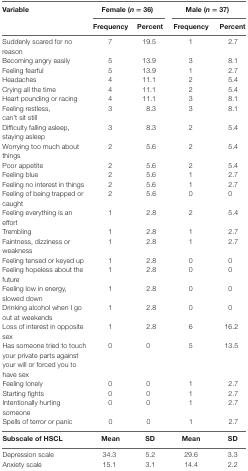
<table><thead><tr><td rowspan="2"><b>Variable</b></td><td colspan="2"><b>Female (<i>n</i> = 36)</b></td><td colspan="2"><b>Male (<i>n</i> = 37)</b></td></tr><tr><td><b>Frequency</b></td><td><b>Percent</b></td><td><b>Frequency</b></td><td><b>Percent</b></td></tr></thead><tbody><tr><td>Suddenly scared for no reason</td><td>7</td><td>19.5</td><td>1</td><td>2.7</td></tr><tr><td>Becoming angry easily</td><td>5</td><td>13.9</td><td>3</td><td>8.1</td></tr><tr><td>Feeling fearful</td><td>5</td><td>13.9</td><td>1</td><td>2.7</td></tr><tr><td>Headaches</td><td>4</td><td>11.1</td><td>2</td><td>5.4</td></tr><tr><td>Crying all the time</td><td>4</td><td>11.1</td><td>2</td><td>5.4</td></tr><tr><td>Heart pounding or racing</td><td>4</td><td>11.1</td><td>3</td><td>8.1</td></tr><tr><td>Feeling restless, can’t sit still</td><td>3</td><td>8.3</td><td>3</td><td>8.1</td></tr><tr><td>Difficulty falling asleep, staying asleep</td><td>3</td><td>8.3</td><td>2</td><td>5.4</td></tr><tr><td>Worrying too much about things</td><td>2</td><td>5.6</td><td>2</td><td>5.4</td></tr><tr><td>Poor appetite</td><td>2</td><td>5.6</td><td>2</td><td>5.4</td></tr><tr><td>Feeling blue</td><td>2</td><td>5.6</td><td>1</td><td>2.7</td></tr><tr><td>Feeling no interest in things</td><td>2</td><td>5.6</td><td>1</td><td>2.7</td></tr><tr><td>Feeling of being trapped or caught</td><td>2</td><td>5.6</td><td>0</td><td>0</td></tr><tr><td>Feeling everything is an effort</td><td>1</td><td>2.8</td><td>2</td><td>5.4</td></tr><tr><td>Trembling</td><td>1</td><td>2.8</td><td>1</td><td>2.7</td></tr><tr><td>Faintness, dizziness or weakness</td><td>1</td><td>2.8</td><td>1</td><td>2.7</td></tr><tr><td>Feeling tensed or keyed up</td><td>1</td><td>2.8</td><td>0</td><td>0</td></tr><tr><td>Feeling hopeless about the future</td><td>1</td><td>2.8</td><td>0</td><td>0</td></tr><tr><td>Feeling low in energy, slowed down</td><td>1</td><td>2.8</td><td>0</td><td>0</td></tr><tr><td>Drinking alcohol when I go out at weekends</td><td>1</td><td>2.8</td><td>0</td><td>0</td></tr><tr><td>Loss of interest in opposite sex</td><td>1</td><td>2.8</td><td>6</td><td>16.2</td></tr><tr><td>Has someone tried to touch your private parts against your will or forced you to have sex</td><td>0</td><td>0</td><td>5</td><td>13.5</td></tr><tr><td>Feeling lonely</td><td>0</td><td>0</td><td>1</td><td>2.7</td></tr><tr><td>Starting fights</td><td>0</td><td>0</td><td>1</td><td>2.7</td></tr><tr><td>Intentionally hurting someone</td><td>0</td><td>0</td><td>1</td><td>2.7</td></tr><tr><td>Spells of terror or panic</td><td>0</td><td>0</td><td>1</td><td>2.7</td></tr><tr><td><b>Subscale of HSCL</b></td><td><b>Mean</b></td><td><b>SD</b></td><td><b>Mean</b></td><td><b>SD</b></td></tr><tr><td>Depression scale</td><td>34.3</td><td>5.2</td><td>29.6</td><td>3.3</td></tr><tr><td>Anxiety scale</td><td>15.1</td><td>3.1</td><td>14.4</td><td>2.2</td></tr></tbody></table>